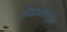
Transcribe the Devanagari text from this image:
सीइआरएन